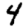
Digit: 4